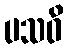
ပသဝိ